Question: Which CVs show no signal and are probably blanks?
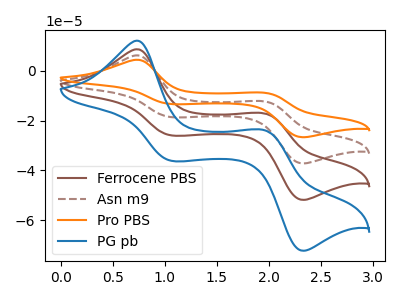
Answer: <think>The brown curve "Ferrocene PBS" has anodic peaks at (0.75V, 8.70uA) (1.95V, -17.15uA) and cathodic peaks at (1.05V, -26.00uA) (2.35V, -51.90uA). The brown dashed curve "Asn m9" has anodic peaks at (0.75V, 17.45uA) (1.95V, -34.25uA) and cathodic peaks at (1.05V, -51.95uA) (2.35V, -103.80uA). The orange curve "Pro PBS" has anodic peaks at (0.75V, 26.15uA) (1.95V, -51.40uA) and cathodic peaks at (1.05V, -77.95uA) (2.35V, -155.70uA). The blue curve "PG pb" has anodic peaks at (0.75V, 12.15uA) (1.95V, -23.90uA) and cathodic peaks at (1.05V, -36.25uA) (2.35V, -72.40uA).</think>
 <answer>There are not any CV's on this graph that are likely to be blanks.</answer>
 <eval>none</eval>